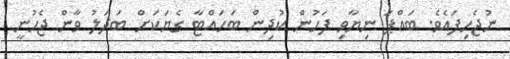
ނުޖެހިފައެވެ. ބައްޕަ ނިޔާވި ފަހުން ކުދިން ބަހައްޓާ ގެޔަކަށް ބަދަލު ވާން ޖެހުނީ